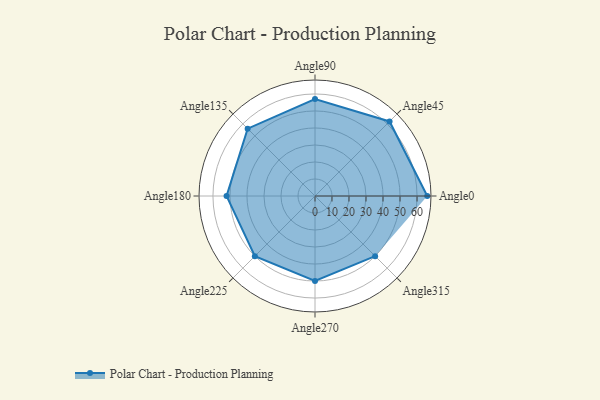
{"axis": {"x": "Angle", "y": "Radius"}, "legend": [""], "data": [{"x": "Angle0", "y": 66.0, "type": ""}, {"x": "Angle45", "y": 62.0, "type": ""}, {"x": "Angle90", "y": 57.0, "type": ""}, {"x": "Angle135", "y": 56.0, "type": ""}, {"x": "Angle180", "y": 52.0, "type": ""}, {"x": "Angle225", "y": 50.0, "type": ""}, {"x": "Angle270", "y": 50, "type": ""}, {"x": "Angle315", "y": 50, "type": ""}]}